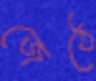
জেঠে